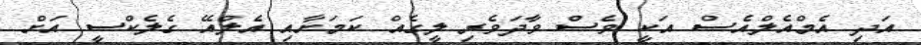
އަދި އެމްއެލްއެސް އަކީ ވެސް ވާދަވެރި ލީގެއް ކަމަށާއި އެލްއޭ ގެލެކްސީ އަށް